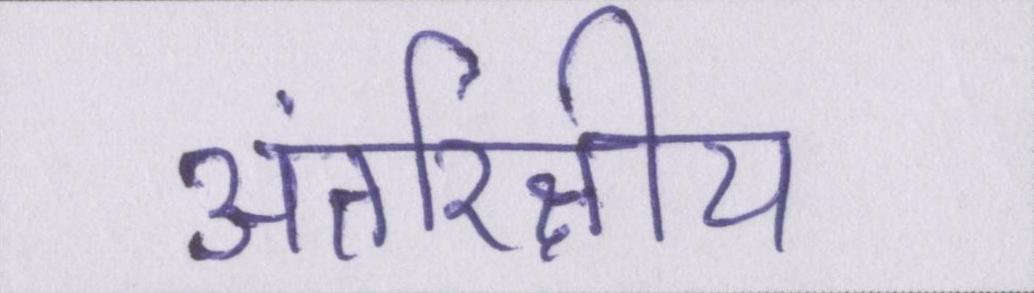
अंतरिक्षीय